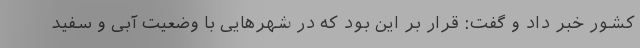
کشور خبر داد و گفت: قرار بر این بود که در شهرهایی با وضعیت آبی و سفید